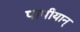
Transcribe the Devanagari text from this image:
पापीयान्‌